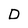
Character: D